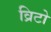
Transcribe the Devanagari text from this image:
व्रिटो